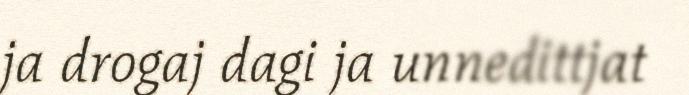
ja drogaj dagi ja unnedittjat